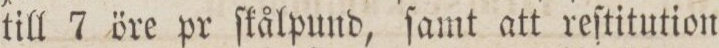
till 7 öre pr ſkålpund, ſamt att reſtitution